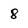
Character: 8